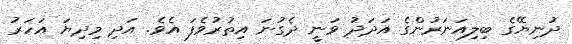
ދުނިޔޭގެ ބިލިއަނަރުންގެ އަދަދު ވަނީ ދެގުނަ އިތުރުވެފަ އެވެ. އަދި މިދިޔަ އަހަރު